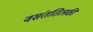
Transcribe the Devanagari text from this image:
वसंततिलकी